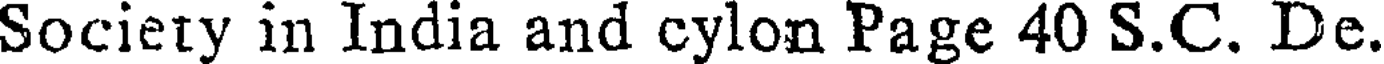
Society in India and cylon Page 40 S.C. De.